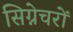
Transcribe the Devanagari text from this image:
सिग्नेचरों